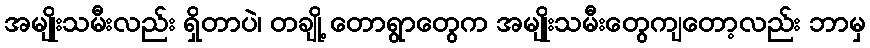
အမျိုးသမီးလည်း ရှိတာပဲ၊ တချို့ တောရွာတွေက အမျိုးသမီးတွေကျတော့လည်း ဘာမှ